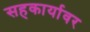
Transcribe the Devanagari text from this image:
सहकार्यावर